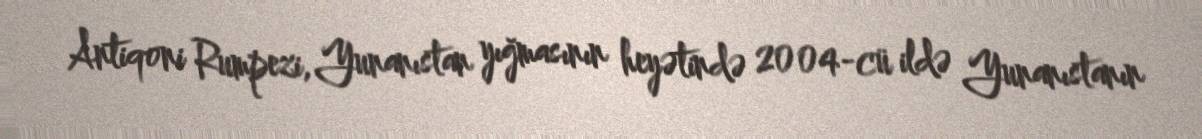
Antiqoni Rumpezi, Yunanıstan yığmasının heyətində 2004-cü ildə Yunanıstanın